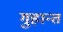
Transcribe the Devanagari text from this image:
गुहान्त